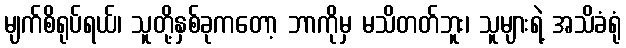
မျက်စိရုပ်ရယ်၊ သူတို့နှစ်ခုကတော့ ဘာကိုမှ မသိတတ်ဘူး၊ သူများရဲ့ အသိခံရုံ